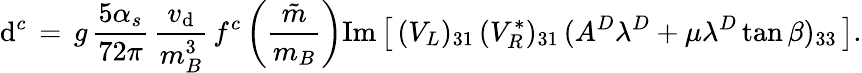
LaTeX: \mathrm{d}^{c}\, =\, g\, {\frac{{5\alpha_{s}}}{{72\pi}}}\, {\frac{{v_{\mathrm{d}}}}{{m_{B}^{3}}}}\, f^{c}\left({\frac{{\tilde{{m}}}}{{m_{B}}}}\right)\mathrm{{Im}}\left[\, (V_{L})_{31}\, (V_{R}^{*})_{31}\, (A^{D}\lambda^{D}+\mu\lambda^{D}\tan\beta)_{33}\, \right].